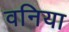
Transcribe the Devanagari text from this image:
वनिया